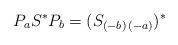
LaTeX: \begin{align*}P_{a}S^{\ast }P_{b}=(S_{(-b)\,(-a)})^{\ast } \end{align*}